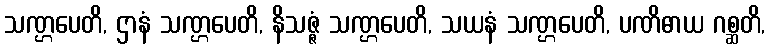
သဏ္ဌပေတိ, ဌာနံ သဏ္ဌပေတိ, နိသဇ္ဇံ သဏ္ဌပေတိ, သယနံ သဏ္ဌပေတိ, ပဏိဓာယ ဂစ္ဆတိ,